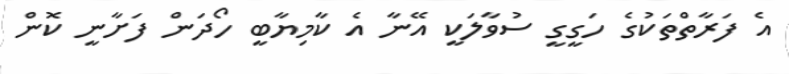
އެ ފަރާތްތަކުގެ ހަގީގީ ސުވާލަކީ އޭނާ އެ ކާމިޔާބީ ހޯދަން ފަށާނީ ކޮން